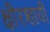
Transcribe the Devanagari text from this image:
क्षीरशायी